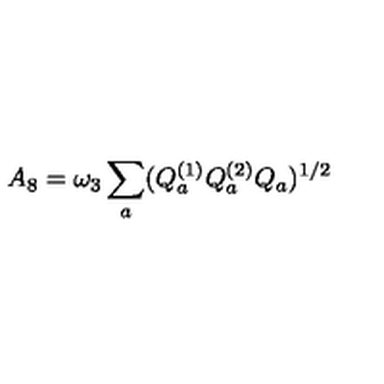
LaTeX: A _ { 8 } = \omega _ { 3 } \sum _ { a } ( Q _ { a } ^ { ( 1 ) } Q _ { a } ^ { ( 2 ) } Q _ { a } ) ^ { 1 / 2 }